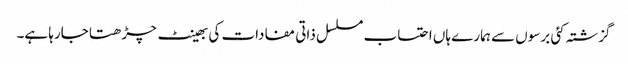
گزشتہ کئی برسوں سے ہمارے ہاں احتساب مسلسل ذاتی مفادات کی بھینٹ چڑھتا جارہا ہے۔